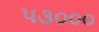
૫૩૦૦૦